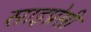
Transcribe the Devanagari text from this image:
साइप्रेसी